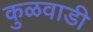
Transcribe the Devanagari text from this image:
कुळवाडी